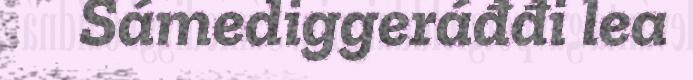
Sámediggeráđđi lea